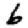
Digit: 6